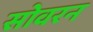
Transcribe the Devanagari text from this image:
सोवरन